Report on vaccination in Madras 1904-1921 - 1904-1921
Year: 1904
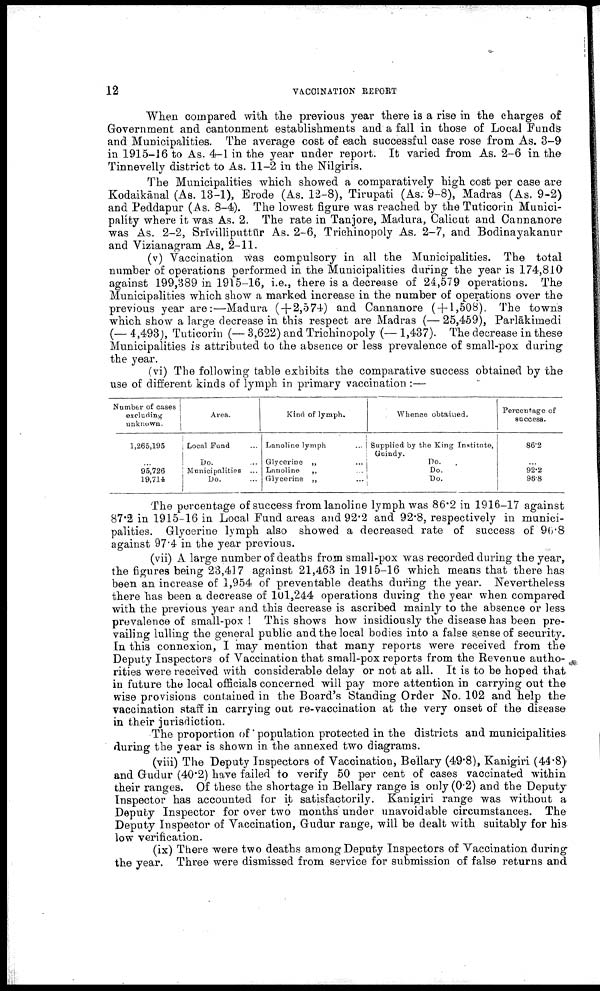
12
VACCINATION REPORT
When compared with the previous year there is a rise in the charges of
Government and cantonment establishments and a fall in those of Local Funds
and Municipalities. The average cost of each successful case rose from As. 3-9
in 1915-16 to As. 4-1 in the year under report. It varied from As. 2-6 in the
Tinnevelly district to As. 11-2 in the Nilgiris.
The Municipalities which showed a comparatively high cost per case are
Kodaikānal (As. 13-1), Erode (As. 12-8), Tirupati (As. 9-8), Madras (As. 9-2)
and Peddapur (As. 8-4). The lowest figure was reached by the Tuticorin Munici
pality where it was As. 2. The rate in Tanjore, Madura, Calicut and Cannanore
was As. 2-2, Srīvilliputtūr As. 2-6, Trichinopoly As. 2-7, and Bodinayakanur
and Vizianagram As. 2-11.
(v) Vaccination was compulsory in all the Municipalities. The total
number of operations performed in the Municipalities during the year is 174,810
against 199,389 in 1915-16, i.e., there is a decrease of 24,579 operations. The
Municipalities which show a marked increase in the number of operations over the
previous year are:—Madura (+2,574) and Cannanore (+1,508). The towns
which show a large decrease in this respect are Madras (— 25,459), Parlākimedi
(— 4,493), Tuticorin (— 3,622) and Trichinopoly (—1,437). The decrease in these
Municipalities is attributed to the absence or less prevalence of small-pox during
the year.
(vi) The following table exhibits the comparative success obtained by the
use of different kinds of lymph in primary vaccination :—
Number of cases
excluding
unknown.
1,265,195
...
95,726
19,714
Area.
Local Fund ...
Do. ...
Municipalities ...
Do. ...
Kind of lymph.
Lanoline lymph ...
Glycerine „ ...
Lanoline
„ ...
Glycerine „ ...
Whence obtained.
Supplied by the King Institute,
Guindy.
Do.
Do.
Do.
Percentage of
success.
86.2
...
92.2
96.8
The percentage of success from lanoline lymph was 86.2 in 1916-17 against
87.2 in 1915-16 in Local Fund areas and 92.2 and 92.8, respectively in munici
palities. Glycerine lymph also showed a decreased rate of success of 96.8
against 97.4 in the year previous.
(vii) A large number of deaths from small-pox was recorded during the year,
the figures being 23,417 against 21,463 in 1915-16 which means that there has
been an increase of 1,954 of preventable deaths during the year. Nevertheless
there has been a decrease of 101,244 operations during the year when compared
with the previous year and this decrease is ascribed mainly to the absence or less
prevalence of small-pox ! This shows how insidiously the disease has been pre
vailing lulling the general public and the local bodies into a false sense of security.
In this connexion, I may mention that many reports were received from the
Deputy Inspectors of Vaccination that small-pox reports from the Revenue autho
rities were received with considerable delay or not at all. It is to be hoped that
in future the local officials concerned will pay more attention in carrying out the
wise provisions contained in the Board's Standing Order No. 102 and help the
vaccination staff in carrying out re-vaccination at the very onset of the disease
in their jurisdiction.
The proportion of population protected in the districts and municipalities
during the year is shown in the annexed two diagrams.
(viii) The Deputy Inspectors of Vaccination, Bellary (49.8), Kanigiri (44.8)
and Gudur (40.2) have failed to verify 50 per cent of cases vaccinated within
their ranges. Of these the shortage in Bellary range is only (0.2) and the Deputy
Inspector has accounted for it satisfactorily. Kanigiri range was without a
Deputy Inspector for over two months under unavoidable circumstances. The
Deputy Inspector of Vaccination, Gudur range, will be dealt with suitably for his
low verification.
(ix) There were two deaths among Deputy Inspectors of Vaccination during
the year. Three were dismissed from service for submission of false returns and